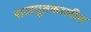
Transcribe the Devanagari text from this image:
राजपूतकालीन